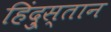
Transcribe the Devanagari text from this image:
हिंदु्स्तान